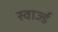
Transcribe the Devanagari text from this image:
स्वार्ज्ड